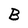
Character: B